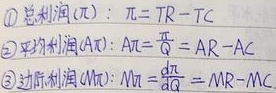
\begin{enumerate}
    \item 总利润$(\pi)$：$\pi = TR - TC$
    \item 平均利润$(AR)$：$AR=\frac{\pi}{Q}=AR - AC$
    \item 边际利润$(MR)$：$MR=\frac{d\pi}{dQ}=MR - MC$
\end{enumerate}